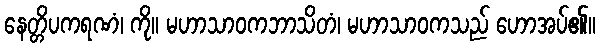
နေတ္တိပကရဏံ၊ ကို။ မဟာသာဝကဘာသိတံ၊ မဟာသာဝကသည် ဟောအပ်၏။